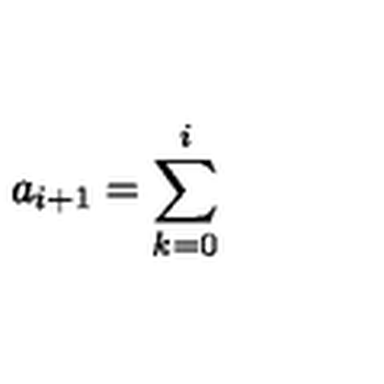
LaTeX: a _ { i + 1 } = \sum _ { k = 0 } ^ { i } \ \